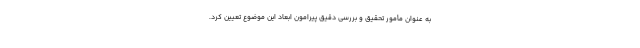
به عنوان مأمور تحقیق و بررسی دقیق پیرامون ابعاد این موضوع تعیین کرد.